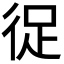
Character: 𭛬